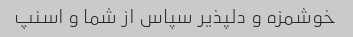
خوشمزه و دلپذیر سپاس از شما و اسنپ